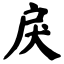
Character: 戾